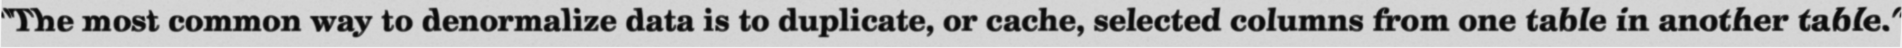
"The most common way to denormalize data is to duplicate, or cache, selected columns from one table in another table."